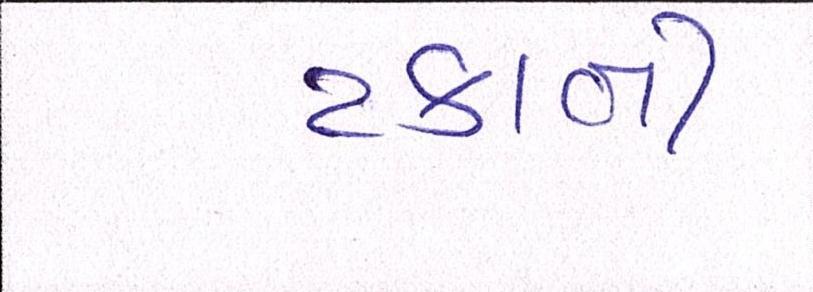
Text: ટકાની